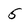
Character: 5